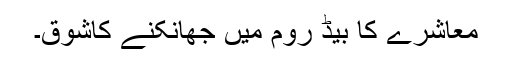
معاشرے کا بیڈ روم میں جھانکنے کاشوق۔